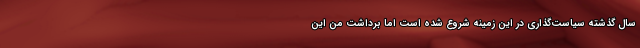
سال گذشته سیاست‌گذاری در این زمینه شروع شده است اما برداشت من این